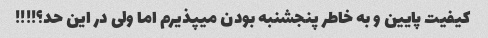
کیفیت پایین و به خاطر پنجشنبه بودن میپذیرم اما ولی در این حد؟!!!!